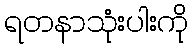
ရတနာသုံးပါးကို